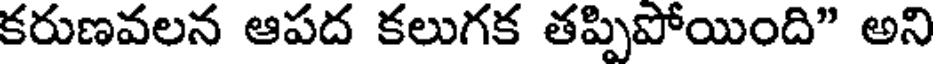
కరుణవలన ఆపద కలుగక తప్పిపోయింది" అని